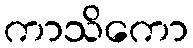
ကာသိကော